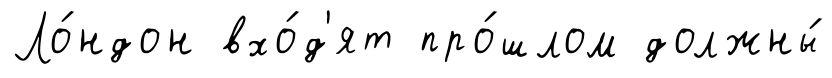
Ло́ндон вхо́д'ят про́шлом должны́